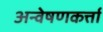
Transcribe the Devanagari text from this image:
अन्वेषणकर्त्ता